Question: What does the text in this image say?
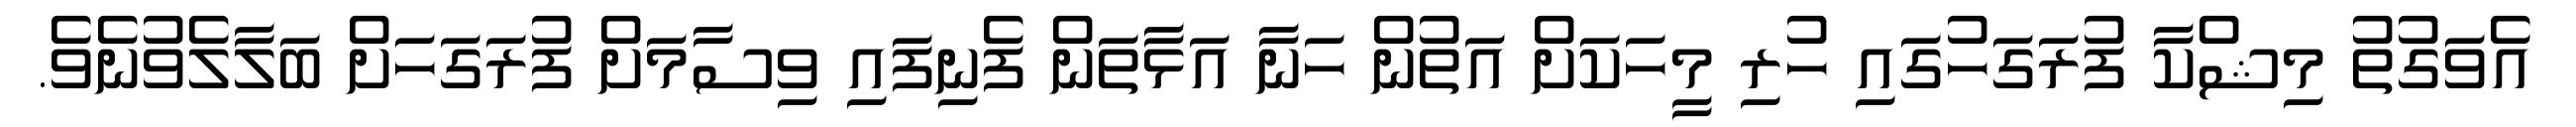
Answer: އެވަގުތު މިޝްކާ ފުރަގަހުގައި ހުރި މީހަކަށް އަތުން ހަނާ އަޅާތަން ފެނިފައި ވިސާމަށް ފުރަގަހަށް ބަލާލެވުނެވެ.